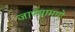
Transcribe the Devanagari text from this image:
जाण्यामागे